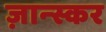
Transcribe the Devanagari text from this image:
ज़ान्स्कर